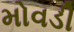
મોવડી